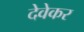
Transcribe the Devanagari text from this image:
देवेकर